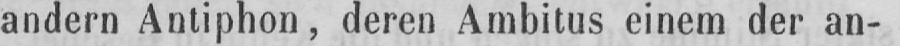
andern Antiphon, deren Ambitus einem der an-